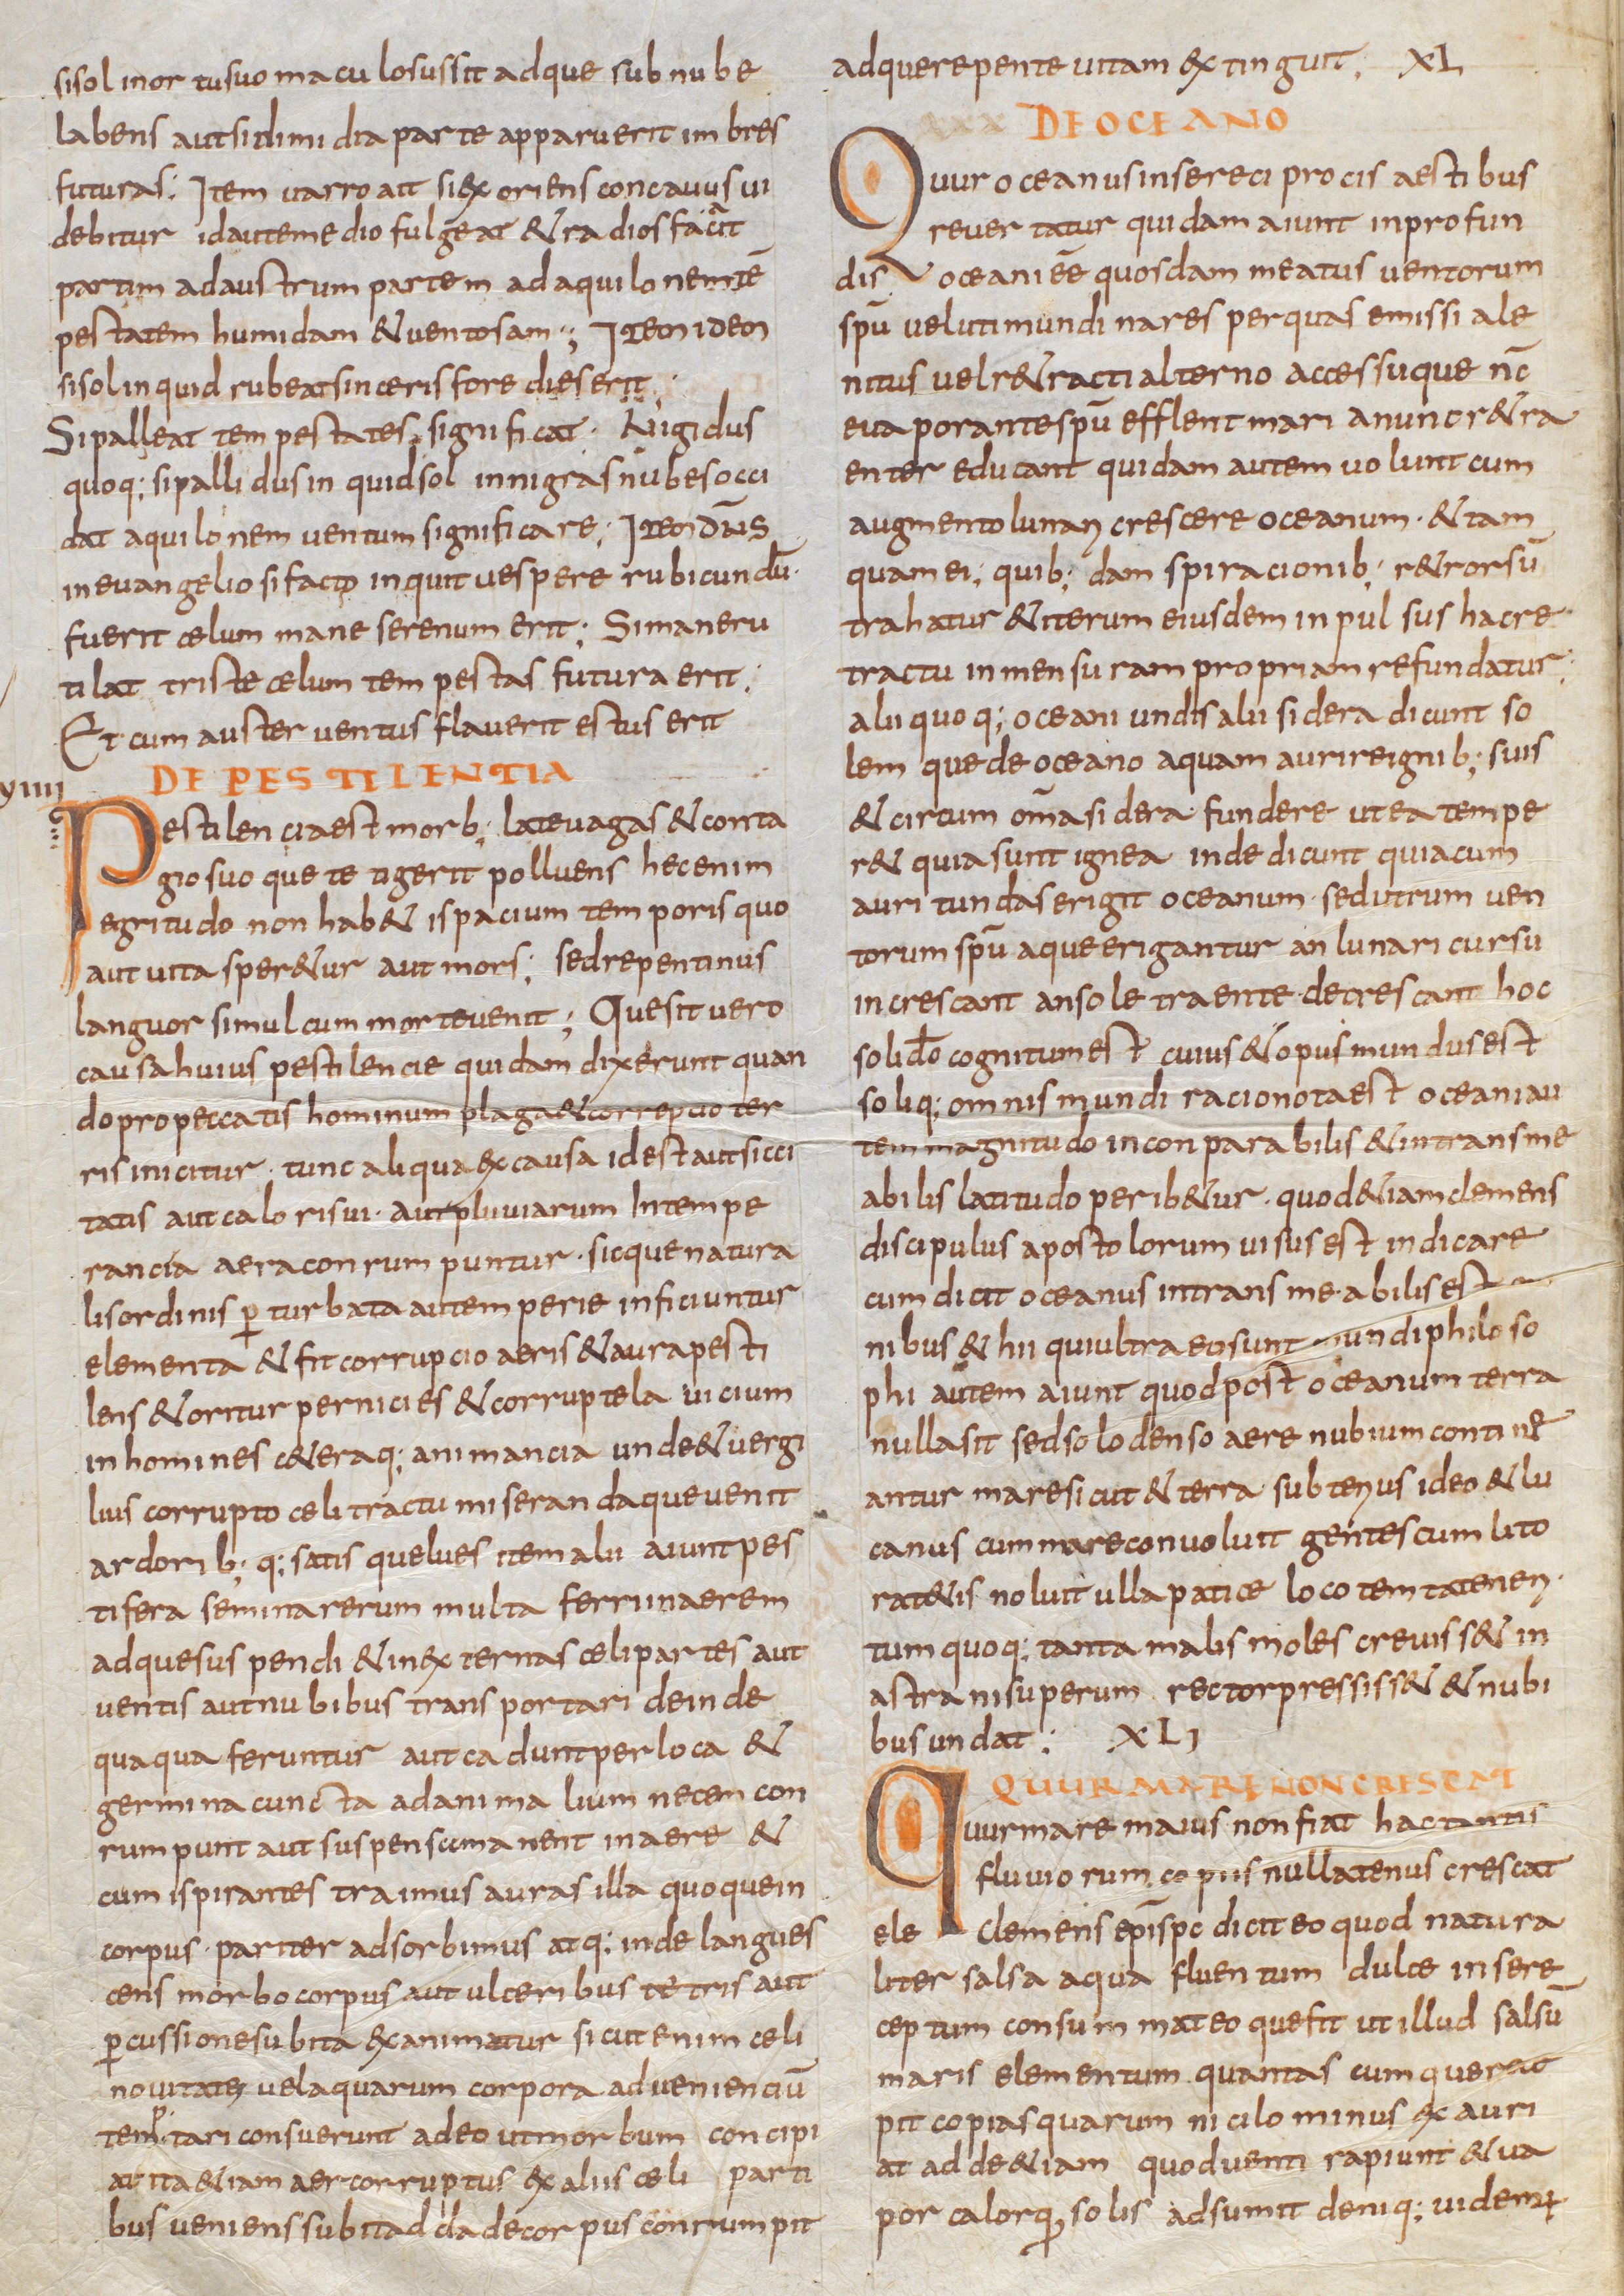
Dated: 800–999